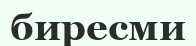
биресми